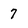
Character: 7